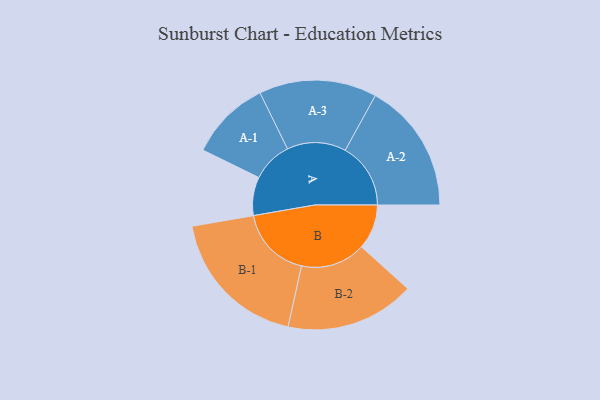
{"axis": {"x": "Segment", "y": "Value"}, "legend": ["", "A", "B"], "data": [{"x": "A", "y": 152, "type": ""}, {"x": "B", "y": 178, "type": ""}, {"x": "A-1", "y": 160, "type": "A"}, {"x": "A-2", "y": 259, "type": "A"}, {"x": "A-3", "y": 233, "type": "A"}, {"x": "B-1", "y": 287, "type": "B"}, {"x": "B-2", "y": 256, "type": "B"}]}